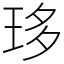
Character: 𤥀